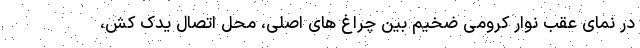
در نمای عقب نوار کرومی ضخیم بین چراغ های اصلی، محل اتصال یدک کش،